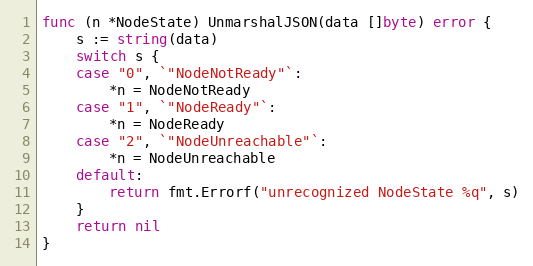
Language: Go
func (n *NodeState) UnmarshalJSON(data []byte) error {
	s := string(data)
	switch s {
	case "0", `"NodeNotReady"`:
		*n = NodeNotReady
	case "1", `"NodeReady"`:
		*n = NodeReady
	case "2", `"NodeUnreachable"`:
		*n = NodeUnreachable
	default:
		return fmt.Errorf("unrecognized NodeState %q", s)
	}
	return nil
}